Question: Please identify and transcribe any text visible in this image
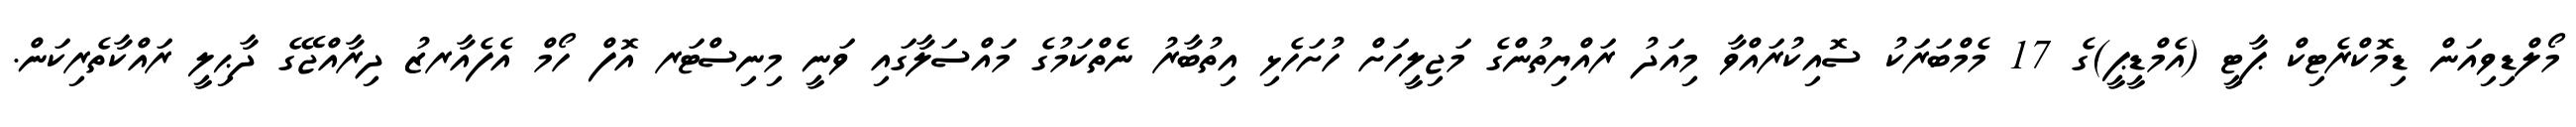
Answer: މޯލްޑިވިއަން ޑިމޮކްރެޓިކް ޕާޓީ (އެމްޑީޕީ)ގެ 17 މެމްބަރަކު ސޮއިކުރައްވާ މިއަދު ރައްޔިތުންގެ މަޖިލީހަށް ހުށަހެޅި އިތުބާރު ނެތްކަމުގެ މައްސަލާގައި ވަނީ މިނިސްޓަރ އޮފް ހޯމް އެފެއާރޒު ދިރާއްޖޭގެ ދާޙިލީ ރައްކާތެރިކަން.